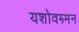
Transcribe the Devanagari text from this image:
यशोवम्र्मन